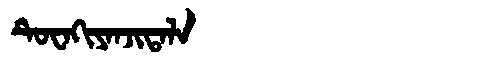
Manchu: ᡨᡠᠸᠠᡴᡳᠶᠠᠨᠵᡳᡨᠠᠯᠠ
Romanization: TUWAKIYANJITALA